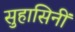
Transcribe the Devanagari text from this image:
सुहासिनीं